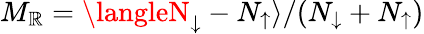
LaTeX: M_{\mathbb{R}}=\langleN_{\downarrow}-N_{\uparrow}\rangle/(N_{\downarrow}+N_{\uparrow})